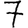
Digit: 7